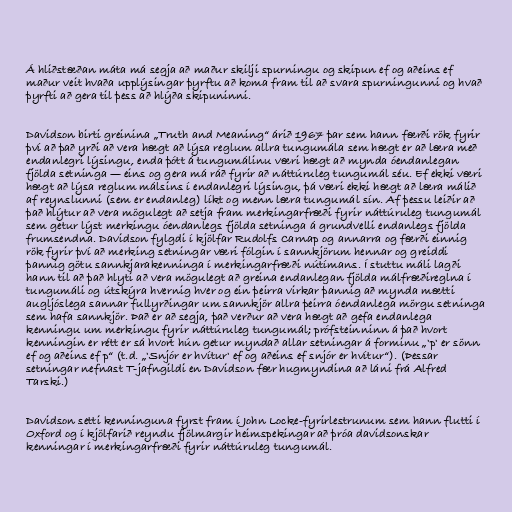
Á hliðstæðan máta má segja að maður skilji spurningu og skipun ef og aðeins ef
maður veit hvaða upplýsingar þyrftu að koma fram til að svara spurningunni og hvað
þyrfti að gera til þess að hlýða skipuninni.

Davidson birti greinina „Truth and Meaning“ árið 1967 þar sem hann færði rök fyrir
því að það yrði að vera hægt að lýsa reglum allra tungumála sem hægt er að læra með
endanlegri lýsingu, enda þótt á tungumálinu væri hægt að mynda óendanlegan
fjölda setninga — eins og gera má ráð fyrir að náttúruleg tungumál séu. Ef ekki væri
hægt að lýsa reglum málsins í endanlegri lýsingu, þá væri ekki hægt að læra málið
af reynslunni (sem er endanleg) líkt og menn læra tungumál sín. Af þessu leiðir að
það hlýtur að vera mögulegt að setja fram merkingarfræði fyrir náttúruleg tungumál
sem getur lýst merkingu óendanlegs fjölda setninga á grundvelli endanlegs fjölda
frumsendna. Davidson fylgdi í kjölfar Rudolfs Carnap og annarra og færði einnig
rök fyrir því að merking setningar væri fólgin í sannkjörum hennar og greiddi
þannig götu sannkjarakenninga í merkingarfræði nútímans. Í stuttu máli lagði
hann til að það hlyti að vera mögulegt að greina endanlegan fjölda málfræðireglna í
tungumáli og útskýra hvernig hver og ein þeirra virkar þannig að mynda mætti
augljóslega sannar fullyrðingar um sannkjör allra þeirra óendanlega mörgu setninga
sem hafa sannkjör. Það er að segja, það verður að vera hægt að gefa endanlega
kenningu um merkingu fyrir náttúruleg tungumál; prófsteinninn á það hvort
kenningin er rétt er sá hvort hún getur myndað allar setningar á forminu „'p' er sönn
ef og aðeins ef p“ (t.d. „'Snjór er hvítur' ef og aðeins ef snjór er hvítur“). (Þessar
setningar nefnast T-jafngildi en Davidson fær hugmyndina að láni frá Alfred
Tarski.)

Davidson setti kenninguna fyrst fram í John Locke-fyrirlestrunum sem hann flutti í
Oxford og í kjölfarið reyndu fjölmargir heimspekingar að þróa davidsonskar
kenningar í merkingarfræði fyrir náttúruleg tungumál.